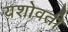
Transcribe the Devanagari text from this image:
यशोवती